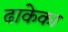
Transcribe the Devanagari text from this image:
ढाकेका